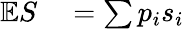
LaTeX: \begin{array}{rl}{\mathbb{E}S}&{{}=\sum p_{i}s_{i}}\end{array}